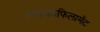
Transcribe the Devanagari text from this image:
माइक्रोफिलामेंट